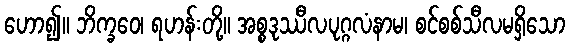
ဟော၍။ ဘိက္ခဝေ၊ ရဟန်းတို့။ အစ္စဒုဿီလပုဂ္ဂလံနာမ၊ စင်စစ်သီလမရှိသော